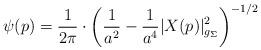
LaTeX: \begin{align*}\psi(p) = \frac{1}{2\pi}\cdot \bigg(\frac{1}{a^2} - \frac{1}{a^4}|X(p)|^2_{g_{\Sigma}}\bigg)^{-1/2}\end{align*}